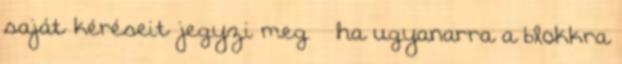
saját kéréseit jegyzi meg – ha ugyanarra a blokkra